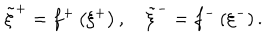
\tilde { \xi } ^ { + } = f ^ { + } \left( \xi ^ { + } \right) , \quad \tilde { \xi } ^ { - } = f ^ { - } \left( \xi ^ { - } \right) .